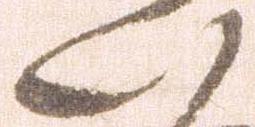
い